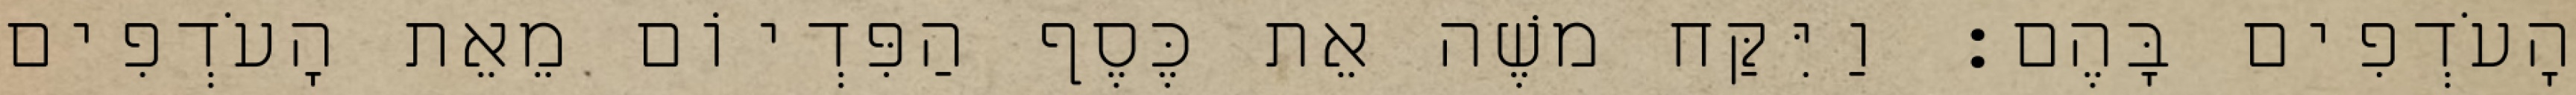
הָעֹדְפִים בָּהֶם׃ וַיִּקַּח משֶׁה אֵת כֶּסֶף הַפִּדְיוֹם מֵאֵת הָעֹדְפִים